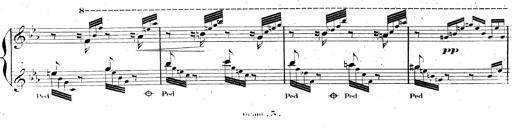
Title: AnnÃ©es de pÃ¨lerinage II, SupplÃ©ment
Composer: Franz Liszt